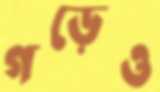
গড়েও